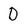
Character: D